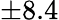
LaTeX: \pm 8.4